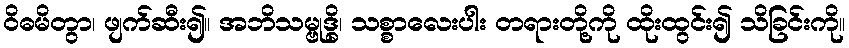
ဝိဓမိတွာ၊ ဖျက်ဆီး၍။ အဘိသမ္ဗုဒ္ဓိ၊ သစ္စာလေးပါး တရားတို့ကို ထိုးထွင်း၍ သိခြင်းကို။